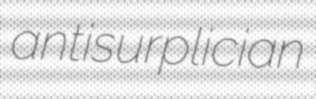
antisurplician